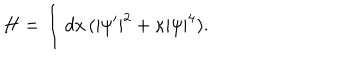
H = \int d x \, ( | \psi ^ { \prime } | ^ { 2 } + \kappa | \psi | ^ { 4 } ) .